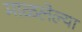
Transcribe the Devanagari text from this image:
माळलेल्या